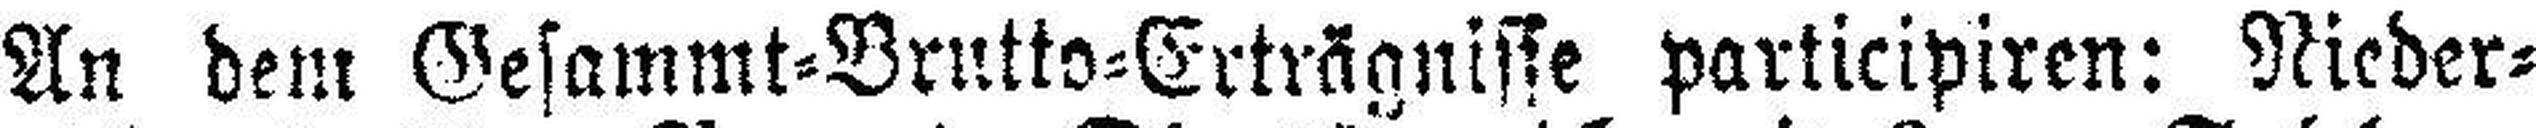
An dem Gesammt=Brutto=Erträgnisse participiren: Nieder¬